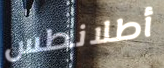
أطلانطس